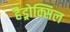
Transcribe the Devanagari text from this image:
हैड्रोक्सिल